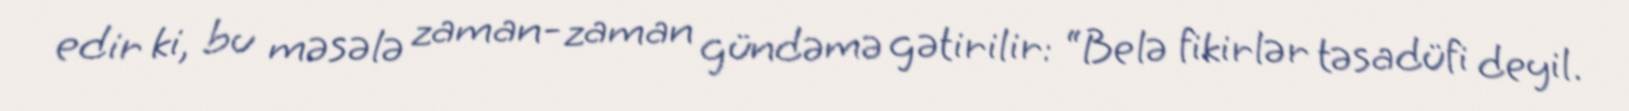
edir ki, bu məsələ zaman-zaman gündəmə gətirilir: “Belə fikirlər təsadüfi deyil.